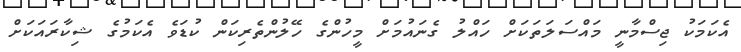
އެކަމަކު ޖިސްމާނީ މައްސަލަތަކަށް ހައްލު ގެނައުމަށް މީހުންގެ ހޭލުންތެރިކަން ކުޑަވެ އެކަމުގެ ޝިކާރައަކަށް